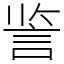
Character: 䛓